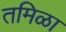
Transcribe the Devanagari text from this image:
तमिळा